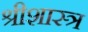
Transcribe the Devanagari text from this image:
श्रीशास्त्र